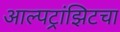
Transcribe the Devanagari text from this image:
आल्पट्रांझिटचा